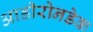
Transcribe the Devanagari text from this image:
आडीरोनडेक